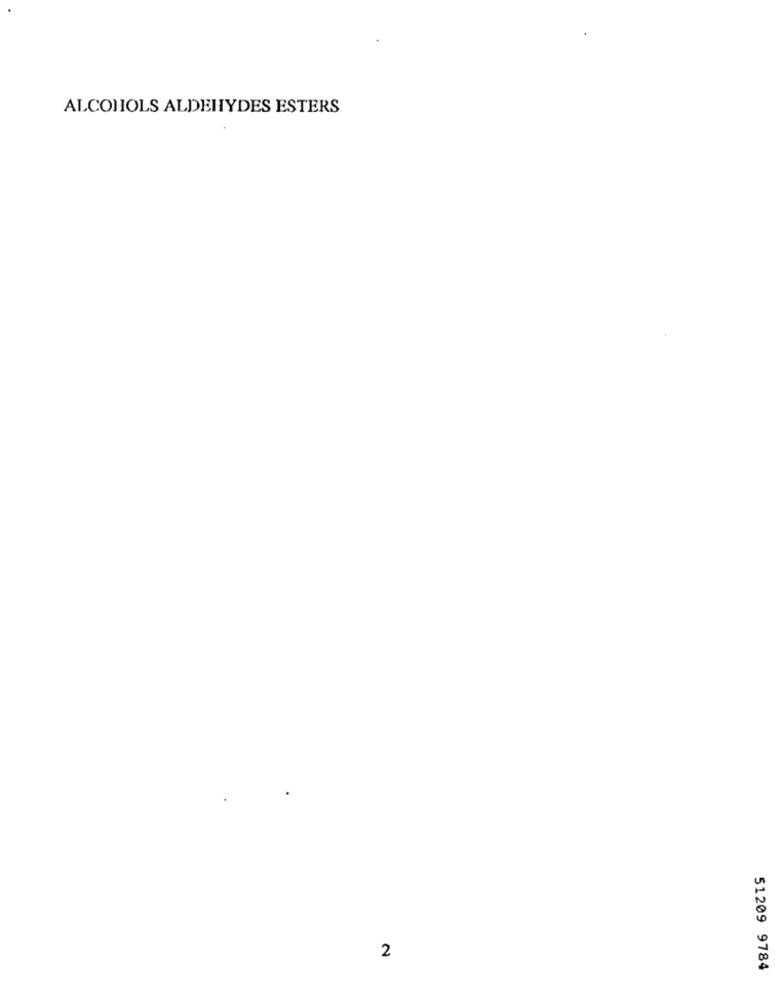
ALCOHOLS ALDEHYDES ESTERS
2
51209 9784